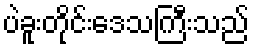
ပဲခူးတိုင်းဒေသကြီးသည်